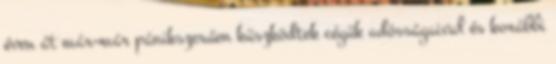
éven át már-már pánikszerűen küszködtek cégük adósságaival és korábbi